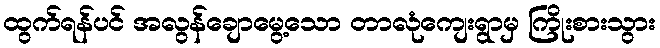
ထွက်ရန်ပင် အလွန်ချောမွေ့သော တာလုံကျေးရွာမှ ကြိုးစားသွား